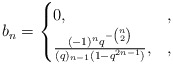
\begin{align*} b_n = \begin{cases}0, &,\\\frac{(-1)^nq^{-\binom{n}{2}}}{(q)_{n-1}(1-q^{2n-1})}, &,\end{cases}\end{align*}